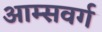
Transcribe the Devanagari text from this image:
आम्सवर्ग